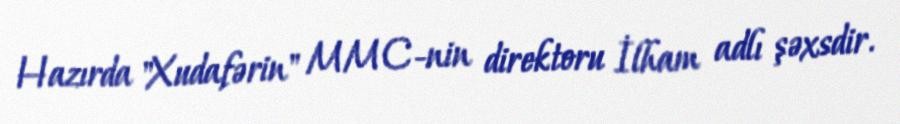
Hazırda "Xudafərin" MMC-nin direktoru İlham adlı şəxsdir.